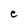
Character: e